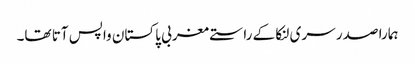
ہمارا صدر سری لنکا کے راستے مغربی پاکستان واپس آتا تھا۔